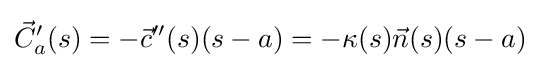
{\vec {C}}_{a}'(s)=-{\vec {c}}''(s)(s-a)=-\kappa (s){\vec {n}}(s)(s-a)\;